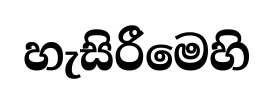
හැසිරීමෙහි